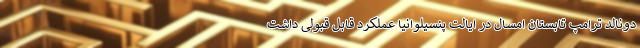
دونالد ترامپ تابستان امسال در ایالت پنسیلوانیا عملکرد قابل قبولی داشت